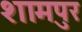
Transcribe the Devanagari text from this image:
शामपुर